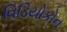
વિડિયોકોન